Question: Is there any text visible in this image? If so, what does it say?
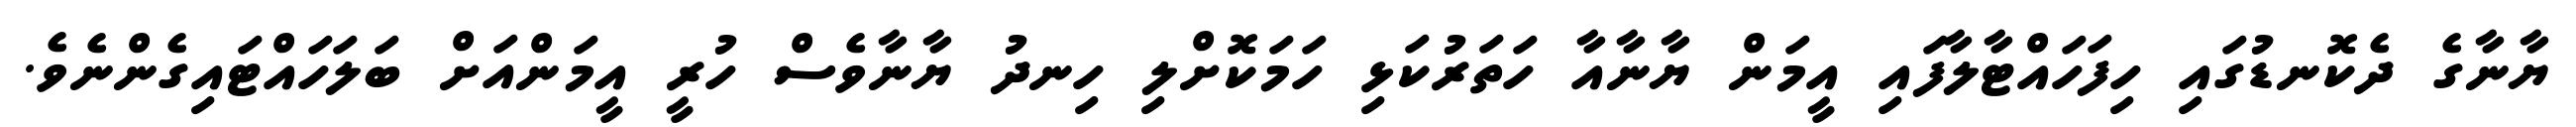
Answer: ޔާނާގެ ދެކޮނޑުގައި ހިފަހައްޓާލާފައި އީމަން ޔާނާއާ ހަތަރުކަޅި ހަމަކޮށްލި ހިނދު ޔާނާވެސް ހުރީ އީމަންއަށް ބަލަހައްޓައިގެންނެވެ.